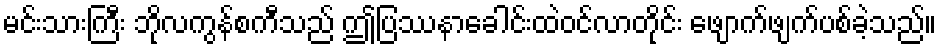
မင်းသားကြီး ဘိုလကွန်စကီသည် ဤပြဿနာခေါင်းထဲဝင်လာတိုင်း ဖျောက်ဖျက်ပစ်ခဲ့သည်။